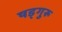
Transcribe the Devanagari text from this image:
षड्गुरू